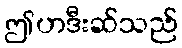
ဤဟဒီးဆ်သည်